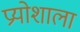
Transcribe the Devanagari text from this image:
प्रयोशाला